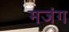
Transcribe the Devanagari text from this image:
मजंग